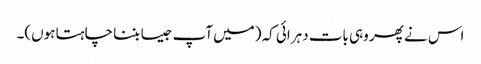
اس نے پھر وہی بات دہرائی کہ (میں آپ جیسا بننا چاہتا ہوں)۔